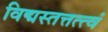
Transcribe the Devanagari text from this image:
विद्मस्तत्तत्त्वं